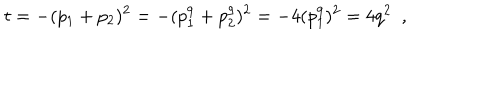
LaTeX: t = - ( p _ { 1 } + p _ { 2 } ) ^ { 2 } = - ( p _ { 1 } ^ { 9 } + p _ { 2 } ^ { 9 } ) ^ { 2 } = - 4 ( p _ { 1 } ^ { 9 } ) ^ { 2 } = 4 q ^ { 2 } \ \ ,